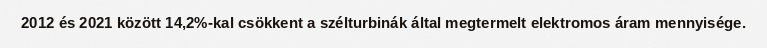
2012 és 2021 között 14,2%-kal csökkent a szélturbinák által megtermelt elektromos áram mennyisége.